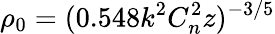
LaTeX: \rho_{0}=(0.548k^{2}C_{n}^{2}z)^{-3/5}